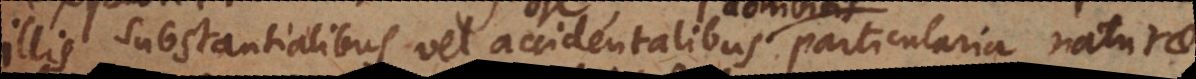
illis substantialibus vel accidentalibus particularia naturae